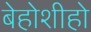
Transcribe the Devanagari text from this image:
बेहोशीहो